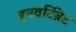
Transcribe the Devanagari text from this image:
इनवर्टिब्रेट